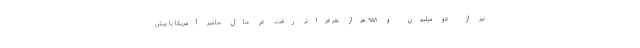
نیز از دو میلیون و ۹۵۸ هزار نفر فراتر رفت. در حال حاضر آمریکا با بیش